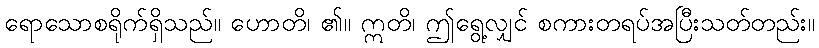
ရောသောစရိုက်ရှိသည်။ ဟောတိ၊ ၏။ ဣတိ၊ ဤရွေ့လျှင် စကားတရပ်အပြီးသတ်တည်း။